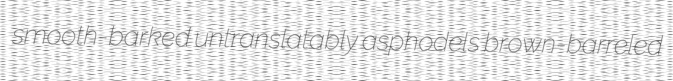
smooth-barked untranslatably asphodels brown-barreled